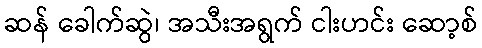
ဆန် ခေါက်ဆွဲ၊ အသီးအရွက် ငါးဟင်း ဆော့စ်